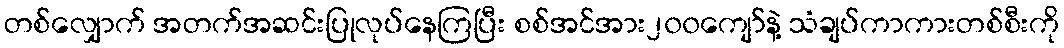
တစ်လျှောက် အတက်အဆင်းပြုလုပ်နေကြပြီး စစ်အင်အား၂၀၀ကျော်နဲ့ သံချပ်ကာကားတစ်စီးကို